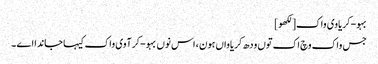
بہو-کریاوی واک[لکھو]
جس واک وچ اک توں ودھ کریاواں ہون ، اس نوں بہو-کرآوی واک کیہا جاندا اے ۔